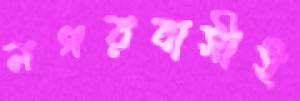
নগরবাসীই